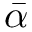
\bar { \alpha }